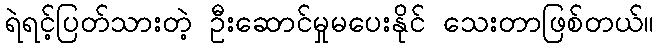
ရဲရင့်ပြတ်သားတဲ့ ဦးဆောင်မှုမပေးနိုင် သေးတာဖြစ်တယ်။